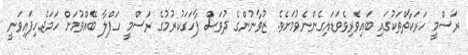
ރަސްމީ ހަރަކާތްތަކުގައި ބައިވެރިވެވަޑައިގެންނެވުމަށެވެ. ޒުވާނުންގެ ދުވަސް ފާހަގަކުރުމުގެ ރަސްމީ ހަފްލާ ބޭއްވުމަށް ހަމަޖެހިފައިވަނީ